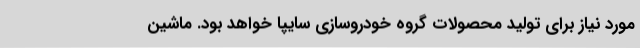
مورد نیاز برای تولید محصولات گروه خودروسازی سایپا خواهد بود. ماشین